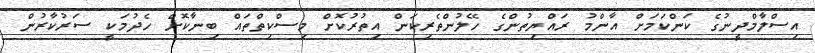
އިސްލާމްދީނުގެ ކަންކަމަށް އާންމު ރައްޔިތުންގެ ހޭލުންތެރިކަން އިތުރުކޮށް މިސްކިތްތައް ބިނާކޮށް ހެދުމަކީ ސަރުކާރުން